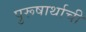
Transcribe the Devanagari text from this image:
पुरूषार्थाची